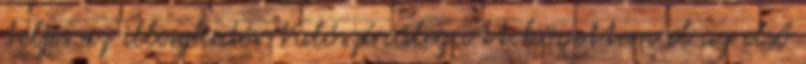
teljes az illeszkedés. Valószínűleg ott követtem el az első